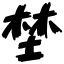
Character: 埜